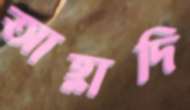
আহ্লাদি